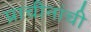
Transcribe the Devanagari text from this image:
प्राचीनांची